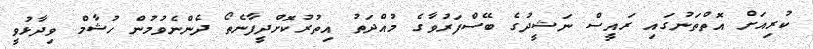
ކުރިއަށް އޮތްތަނުގައި ރައީސް ނަޝީދުގެ ބޭސްފަރުވާގެ މުއްދަތު އިތުރުކޮށްދީފާނެތޯ ދެންނެވުމުން ހުޝާމް ވިދާޅުވީ